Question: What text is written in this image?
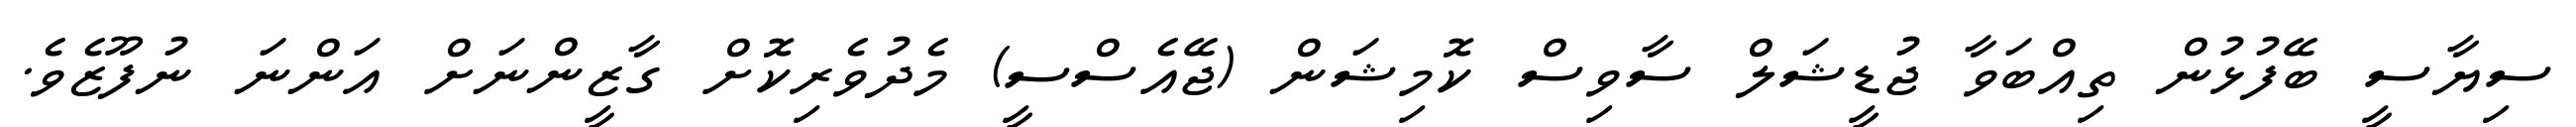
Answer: ސިޔާސީ ބޭފުޅުން ތިއްބަވާ ޖުޑީޝަލް ސާވިސް ކޮމިޝަން (ޖޭއެސްސީ) މެދުވެރިކޮށް ގާޒީންނަށް އަންނަ ނުފޫޒެވެ.